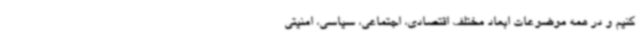
کنیم و در همه موضوعات ابعاد مختلف اقتصادی، اجتماعی، سیاسی، امنیتی